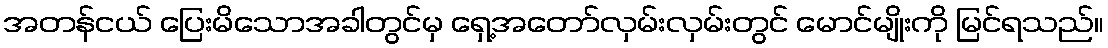
အတန်ငယ် ပြေးမိသောအခါတွင်မှ ရှေ့အတော်လှမ်းလှမ်းတွင် မောင်မျိုးကို မြင်ရသည်။